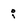
Character: i